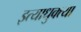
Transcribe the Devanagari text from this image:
इत्याधुक्त्या